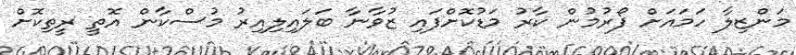
މަންޒިލާ ހަމައަށް ފޯރުމުން ކާރު މަޑުކޮށްފައި ޒުވާނާ ބަލައިލިއިރު މުސްކާން އޮތީ ރީތިކޮށް